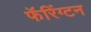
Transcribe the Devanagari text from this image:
फॅरिंग्टन